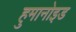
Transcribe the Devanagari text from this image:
हुमानोइड